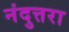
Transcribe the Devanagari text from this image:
नंदुत्तरा